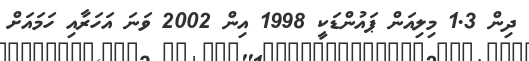
ދިން 1.3 މިލިއަން ޕައުންޑަކީ 1998 އިން 2002 ވަނަ އަހަރާއި ހަމައަށް